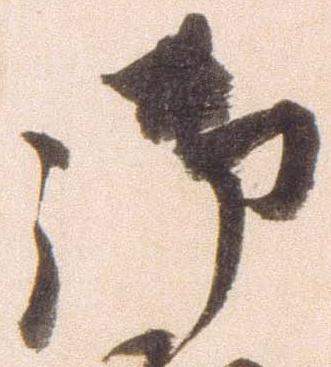
御